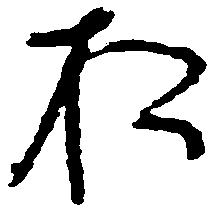
お